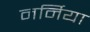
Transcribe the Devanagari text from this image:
नर्निया